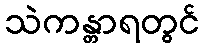
သဲကန္တာရတွင်